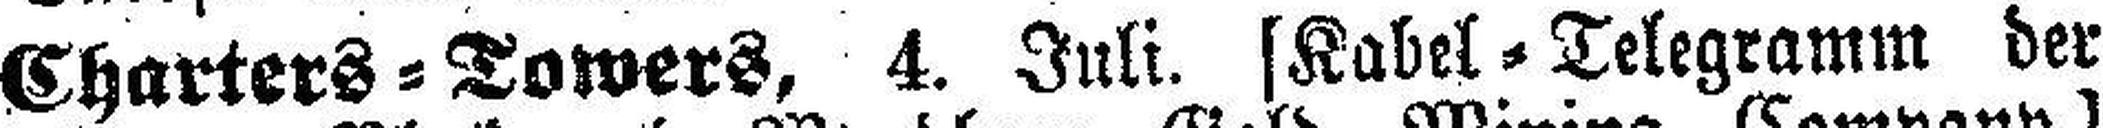
Charters=Towers, 4. Juli. [Kabel=Telegramm der